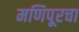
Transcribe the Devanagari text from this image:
मणिपूरचा